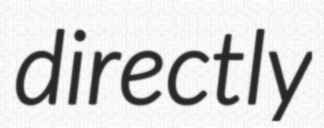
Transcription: directly